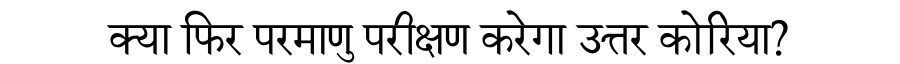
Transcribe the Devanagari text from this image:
क्या फिर परमाणु परीक्षण करेगा उत्तर कोरिया?